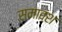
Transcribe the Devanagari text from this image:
समावंश